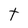
Character: t